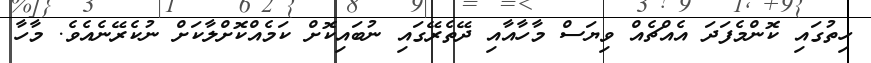
ހިތުގައި ކޮންމެފަދަ އެއްޗެއް ވިޔަސް މާހާއާއި ދޭތެރޭގައި ނުބައިކޮށް ކަމެއްކޮށްލާކަށް ނުކެރޭނެއެވެ. މާހާ